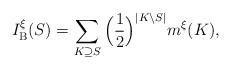
LaTeX: \begin{align*}I^\xi_{\mathrm{B}}(S) = \sum_{K\supseteq S}\Big(\frac{1}{2}\Big)^{|K\setminus S|}m^\xi(K),\end{align*}